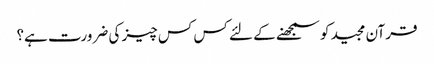
قرآن مجید کو سمجھنے کے لئے کس کس چیز کی ضرورت ہے؟